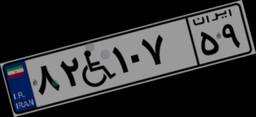
۰۵W۲۹۸۵۹